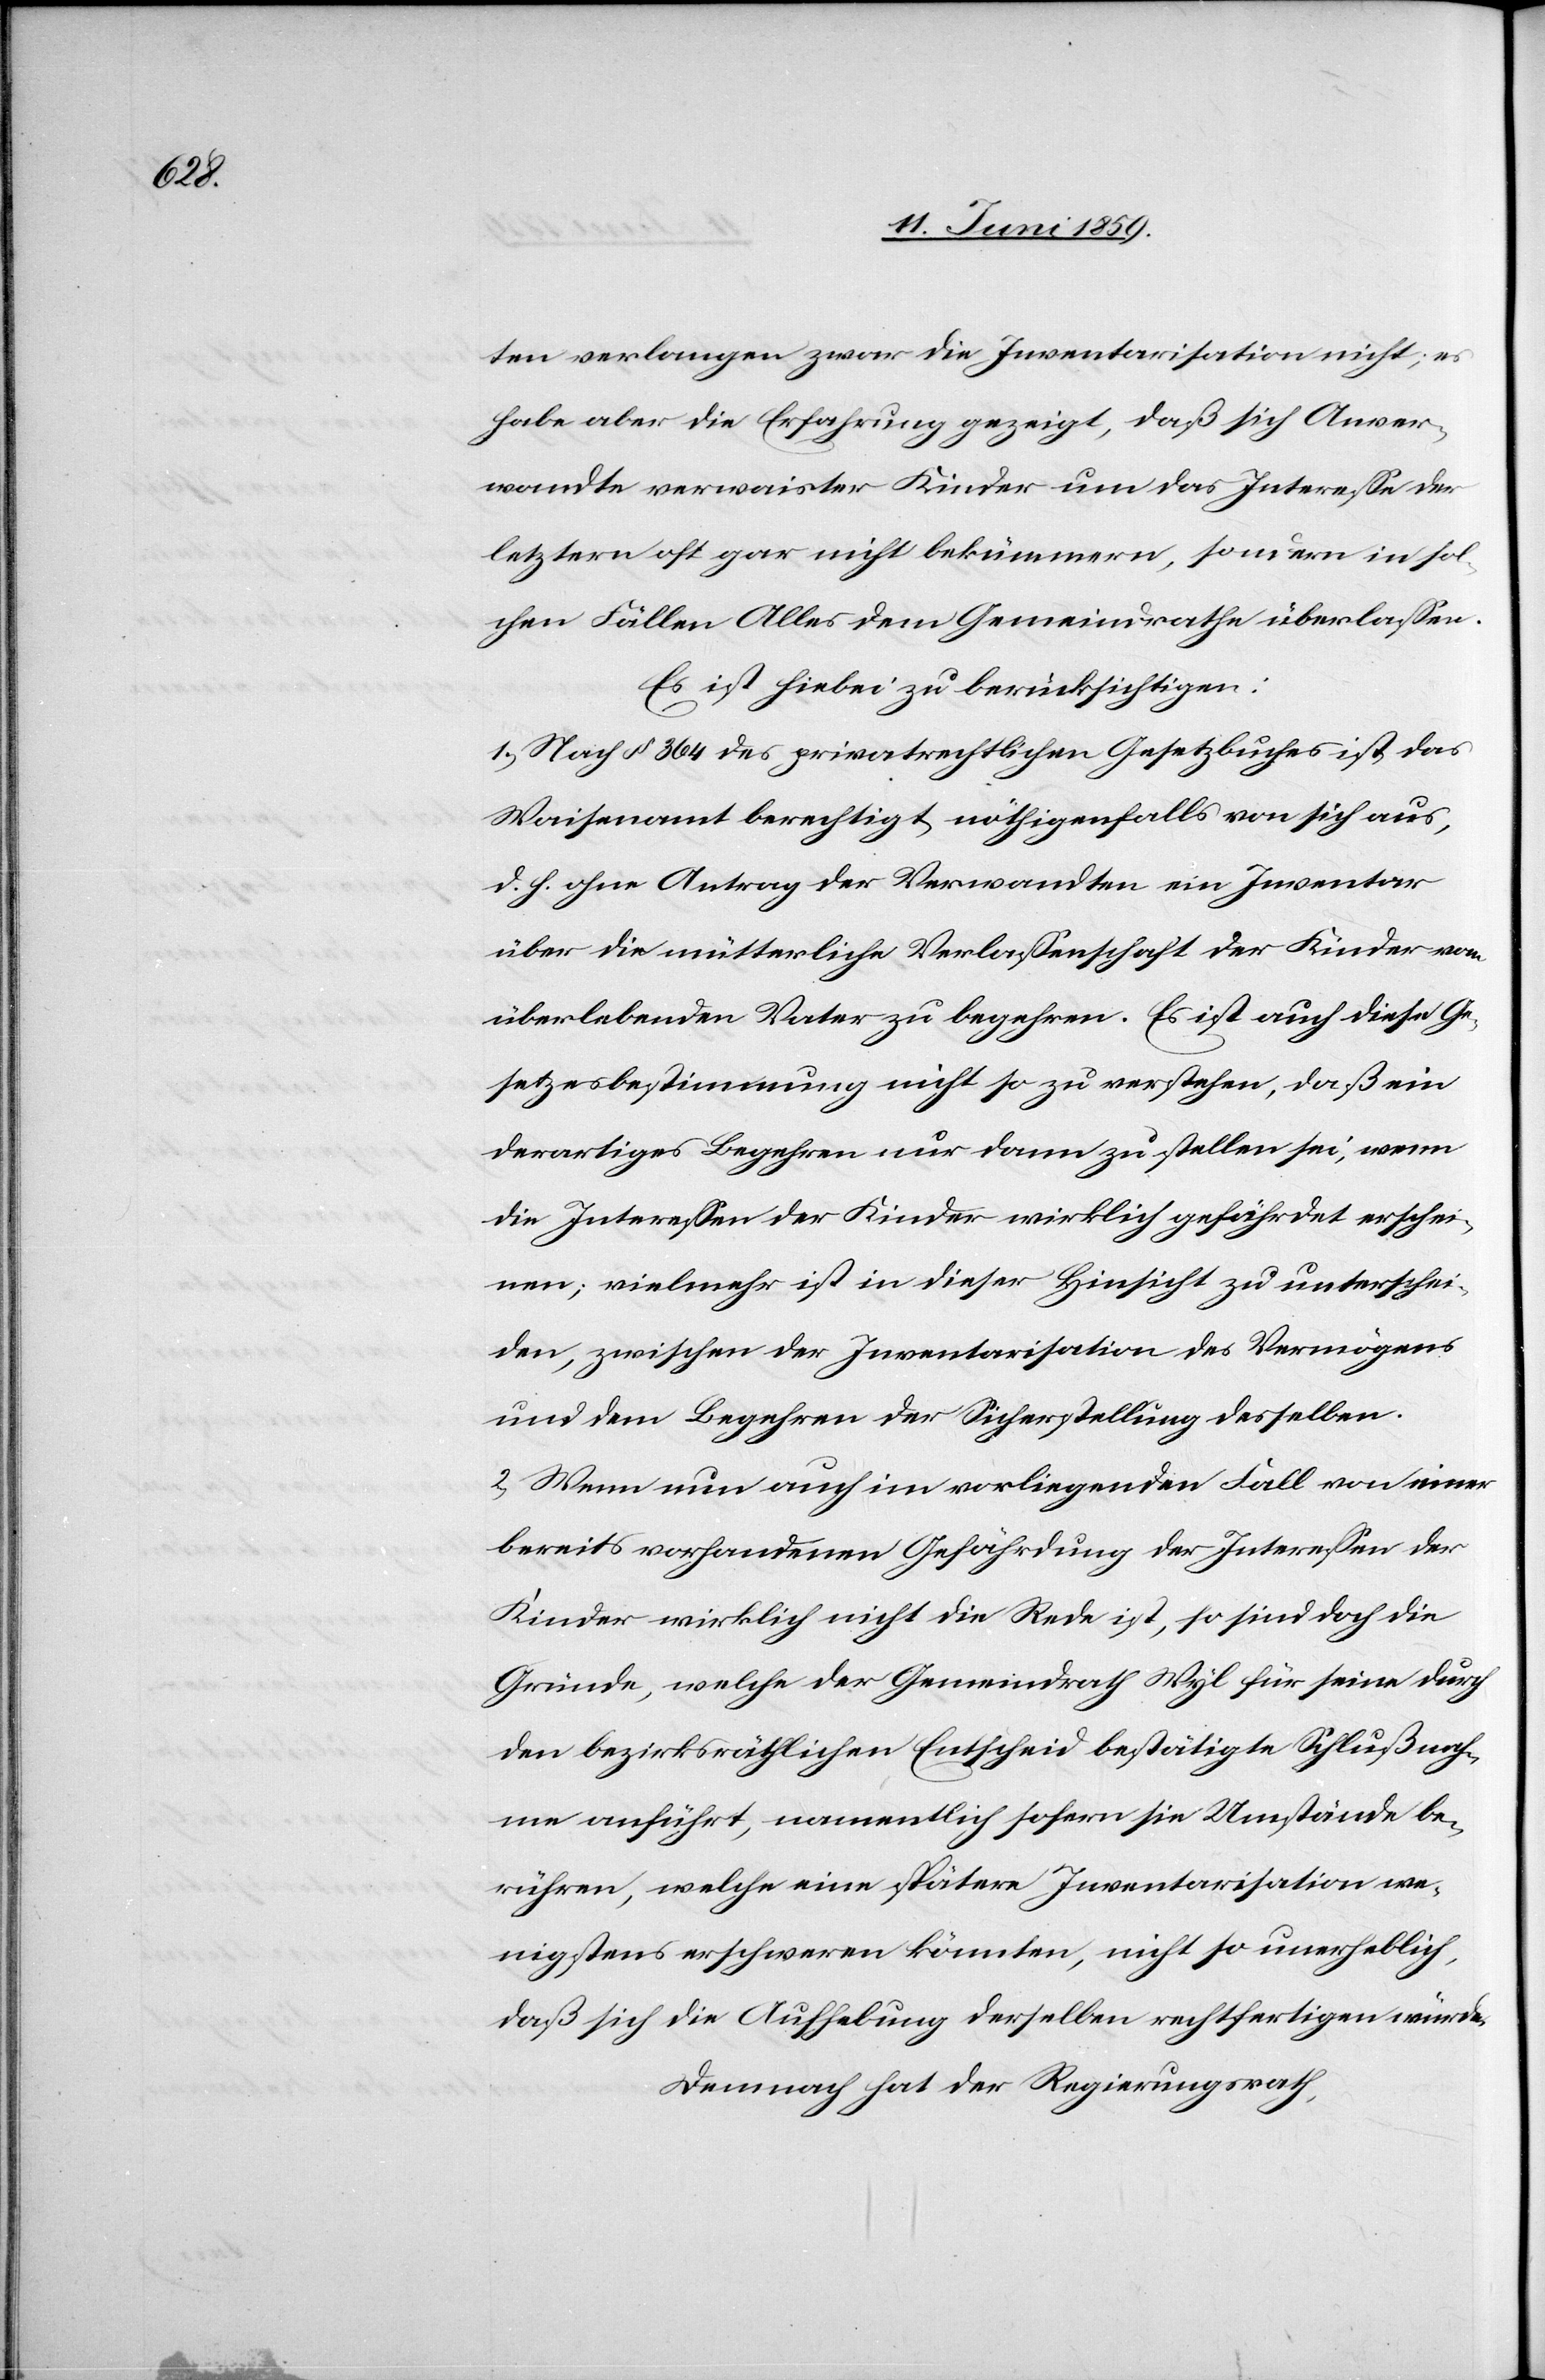
ten verlangen zwar die Inventarisation nicht, es
habe aber die Erfahrung gezeigt, daß sich Anver¬
wandte verwaister Kinder um das Interesse der
letztern oft gar nicht bekümmern, sondern in sol¬
chen Fällen Alles dem Gemeindrathe überlassen.
Es ist hiebei zu berücksichtigen:
1) Nach § 364 des privatrechtlichen Gesetzbuches ist das
Waisenamt berechtigt, nöthigenfalls von sich aus,
d. h. ohne Antrag der Verwandten ein Inventar
über die mütterliche Verlassenschaft der Kinder vom
überlebenden Vater zu begehren. Es ist auch diese Ge¬
setzesbestimmung nicht so zu verstehen, daß ein
derartiges Begehren nur dann zu stellen sei, wenn
die Interessen der Kinder wirklich gefährdet erschei¬
nen; vielmehr ist in dieser Hinsicht zu unterschei¬
den, zwischen der Inventarisation des Vermögens
und dem Begehren der Sicherstellung desselben.
2) Wenn nun auch im vorliegenden Fall von einer
bereits vorhandenen Gefährdung der Interessen der
Kinder wirklich nicht die Rede ist, so sind doch die
Gründe, welche der Gemeindrath Wyl für seinen durch
den bezirksräthlichen Entscheid bestätigen Schluß neh¬
me angeführt, namentlich sofern sie Umstände be¬
rühren, welche eine spätere Inventarisation we¬
nigstens erschweren könnten, nicht so unerheblich
daß sich die Aufhebung derselben rechtfertigen würde.
Demnach hat der Regierungsrath,